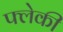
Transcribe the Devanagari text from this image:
फ्लेकी